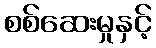
စစ်ဆေးမှုနှင့်